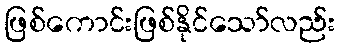
ဖြစ်ကောင်းဖြစ်နိုင်သော်လည်း